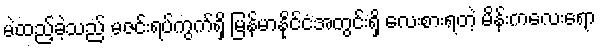
မဲထည့်ခဲ့သည် မဇင်းရပ်ကွက်ရှိ မြန်မာနိုင်ငံအတွင်းရှိ လေးစားရတဲ့ မိန်းကလေးရော